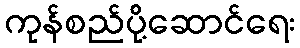
ကုန်စည်ပို့ဆောင်ရေး